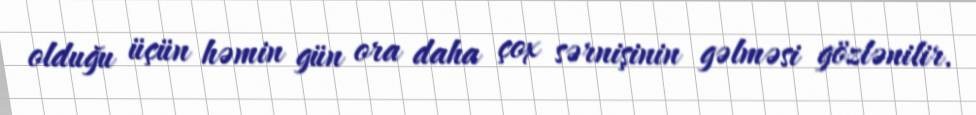
olduğu üçün həmin gün ora daha çox sərnişinin gəlməsi gözlənilir.